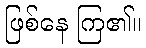
ဖြစ်နေ ကြ၏။